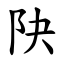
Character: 䦼